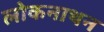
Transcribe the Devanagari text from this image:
लोकनाथन